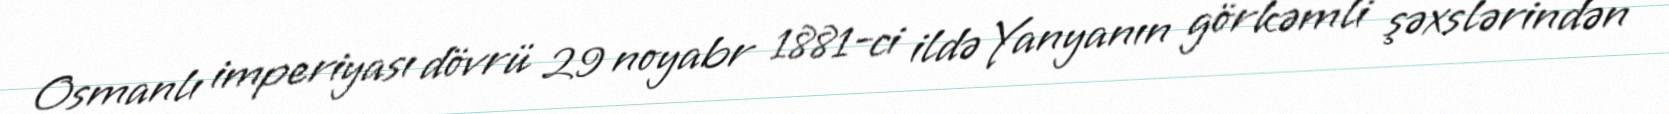
Osmanlı imperiyası dövrü 29 noyabr 1881-ci ildə Yanyanın görkəmli şəxslərindən